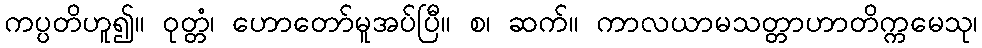
ကပ္ပတိဟူ၍။ ဝုတ္တံ၊ ဟောတော်မူအပ်ပြီ။ စ၊ ဆက်။ ကာလယာမသတ္တာဟာတိက္ကမေသု၊